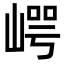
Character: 崿